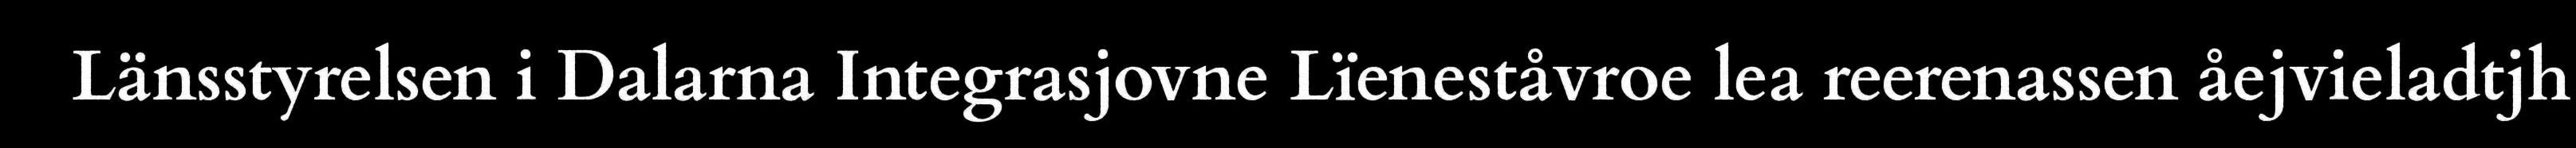
Länsstyrelsen i Dalarna Integrasjovne Lïeneståvroe lea reerenassen åejvieladtjh